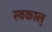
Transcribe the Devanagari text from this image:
स्वकाल्